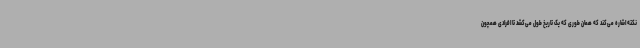
نکته اشاره می‌کند که همان‌ طوری که یک تاریخ طول می‌کشد تا افرادی همچون